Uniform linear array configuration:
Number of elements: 24
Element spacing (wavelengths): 0.75
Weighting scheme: uniform
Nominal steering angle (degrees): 60
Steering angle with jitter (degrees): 61.015
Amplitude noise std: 0.05
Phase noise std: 0.05

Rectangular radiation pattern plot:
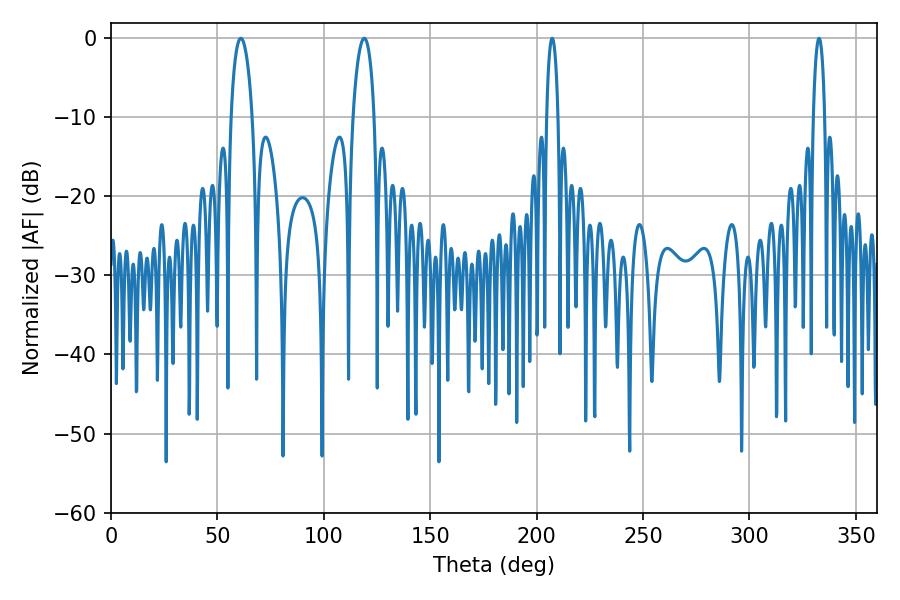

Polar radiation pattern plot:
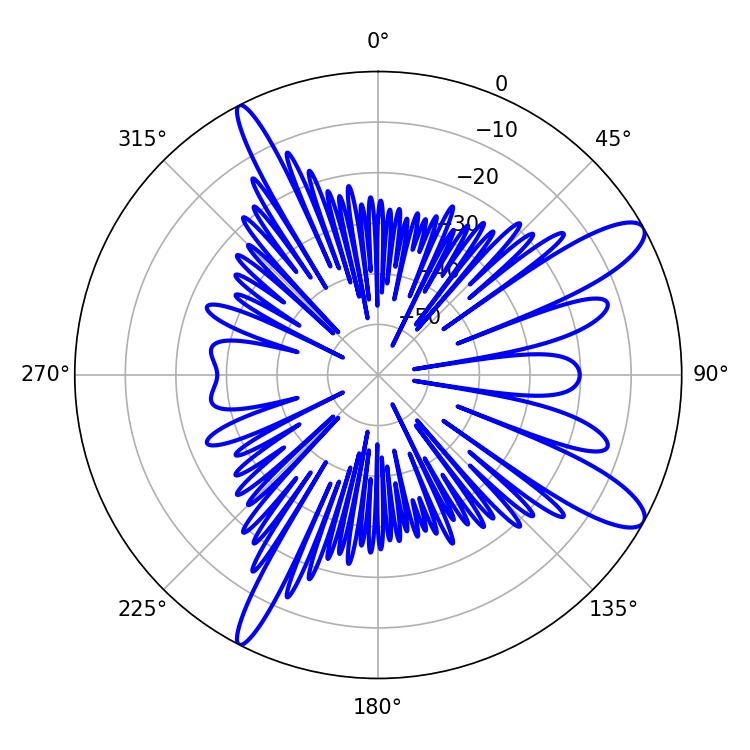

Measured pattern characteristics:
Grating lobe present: TRUE
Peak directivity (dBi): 11.491
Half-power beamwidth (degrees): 5.58
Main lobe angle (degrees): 61.02